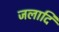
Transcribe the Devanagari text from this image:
जलादि